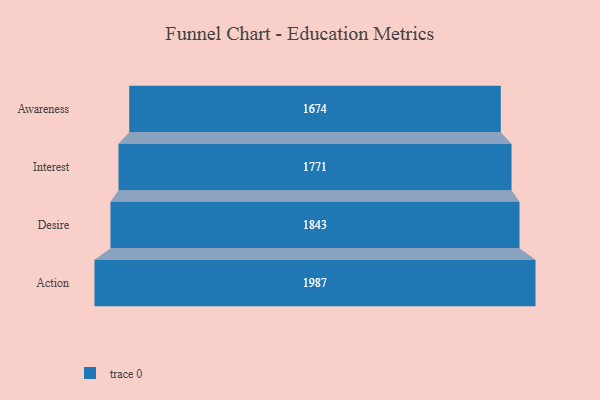
{"axis": {"x": "Stage", "y": "Value"}, "legend": [""], "data": [{"x": "Awareness", "y": 1674.0, "type": ""}, {"x": "Interest", "y": 1771.0, "type": ""}, {"x": "Desire", "y": 1843.0, "type": ""}, {"x": "Action", "y": 1987.0, "type": ""}]}